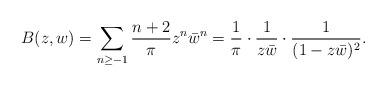
LaTeX: \begin{align*}B(z,w)=\sum_{n\ge-1}\frac{n+2}{\pi}z^n\bar w^n=\frac{1}{\pi}\cdot\frac{1}{z\bar w}\cdot\frac{1}{(1-z\bar w)^2}.\end{align*}